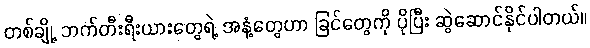
တစ်ချို့ ဘက်တီးရီးယားတွေရဲ့ အနံ့တွေဟာ ခြင်တွေကို ပိုပြီး ဆွဲဆောင်နိုင်ပါတယ်။